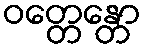
ဝတ္တေန္တော